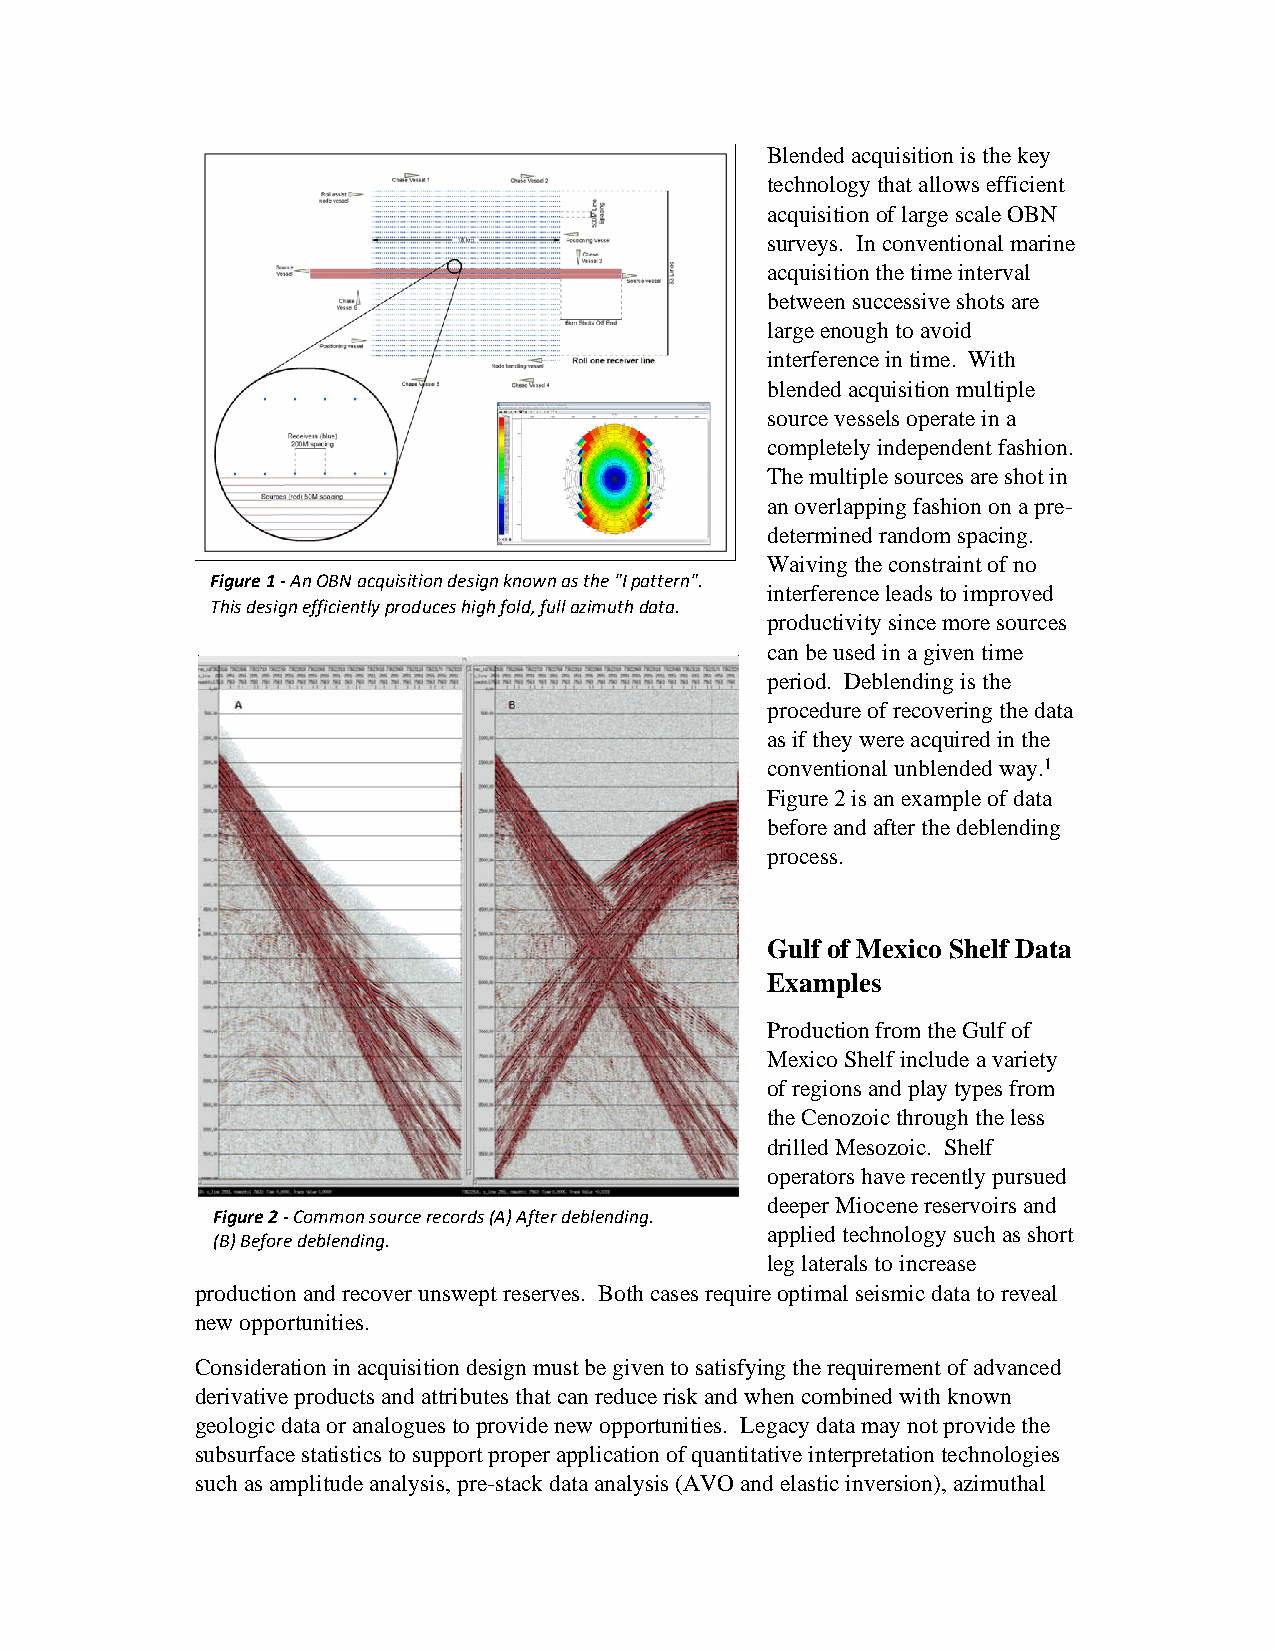
Blended acquisition is the key
 technology that allows efficient
 acquisition of large scale OBN
 surveys. In conventional marine
 acquisition the time interval
 between successive shots are
 large enough to avoid
 interference in time. With
 blended acquisition multiple
 source vessels operate in a
 completely independent fashion.
 The multiple sources are shot in
 an overlapping fashion on a pre-
 determined random spacing.
 Waiving the constraint of no
 Figure 1 ‐ An OBN acquisition design known as the "I pattern".
 interference leads to improved
 This design efficiently produces high fold, full azimuth data.
 productivity since more sources
 can be used in a given time
 period. Deblending is the
 procedure of recovering the data
 as if they were acquired in the
 conventional unblended way.1
 Figure 2 is an example of data
 before and after the deblending
 process.
 Gulf of Mexico Shelf Data
 Examples
 Production from the Gulf of
 Mexico Shelf include a variety
 of regions and play types from
 the Cenozoic through the less
 drilled Mesozoic. Shelf
 operators have recently pursued
 deeper Miocene reservoirs and
 Figure 2 ‐ Common source records (A) Afterdeblending.
 applied technology such as short
 (B) Before deblending.
 leg laterals to increase
 production and recover unswept reserves. Both cases require optimal seismic data to reveal
 new opportunities.
 Consideration in acquisition design must be given to satisfying the requirement of advanced
 derivative products and attributes that can reduce risk and when combined with known
 geologic data or analogues to provide new opportunities. Legacy data may not provide the
 subsurface statistics to support proper application of quantitative interpretation technologies
 such as amplitude analysis, pre-stack data analysis (AVO and elastic inversion), azimuthal